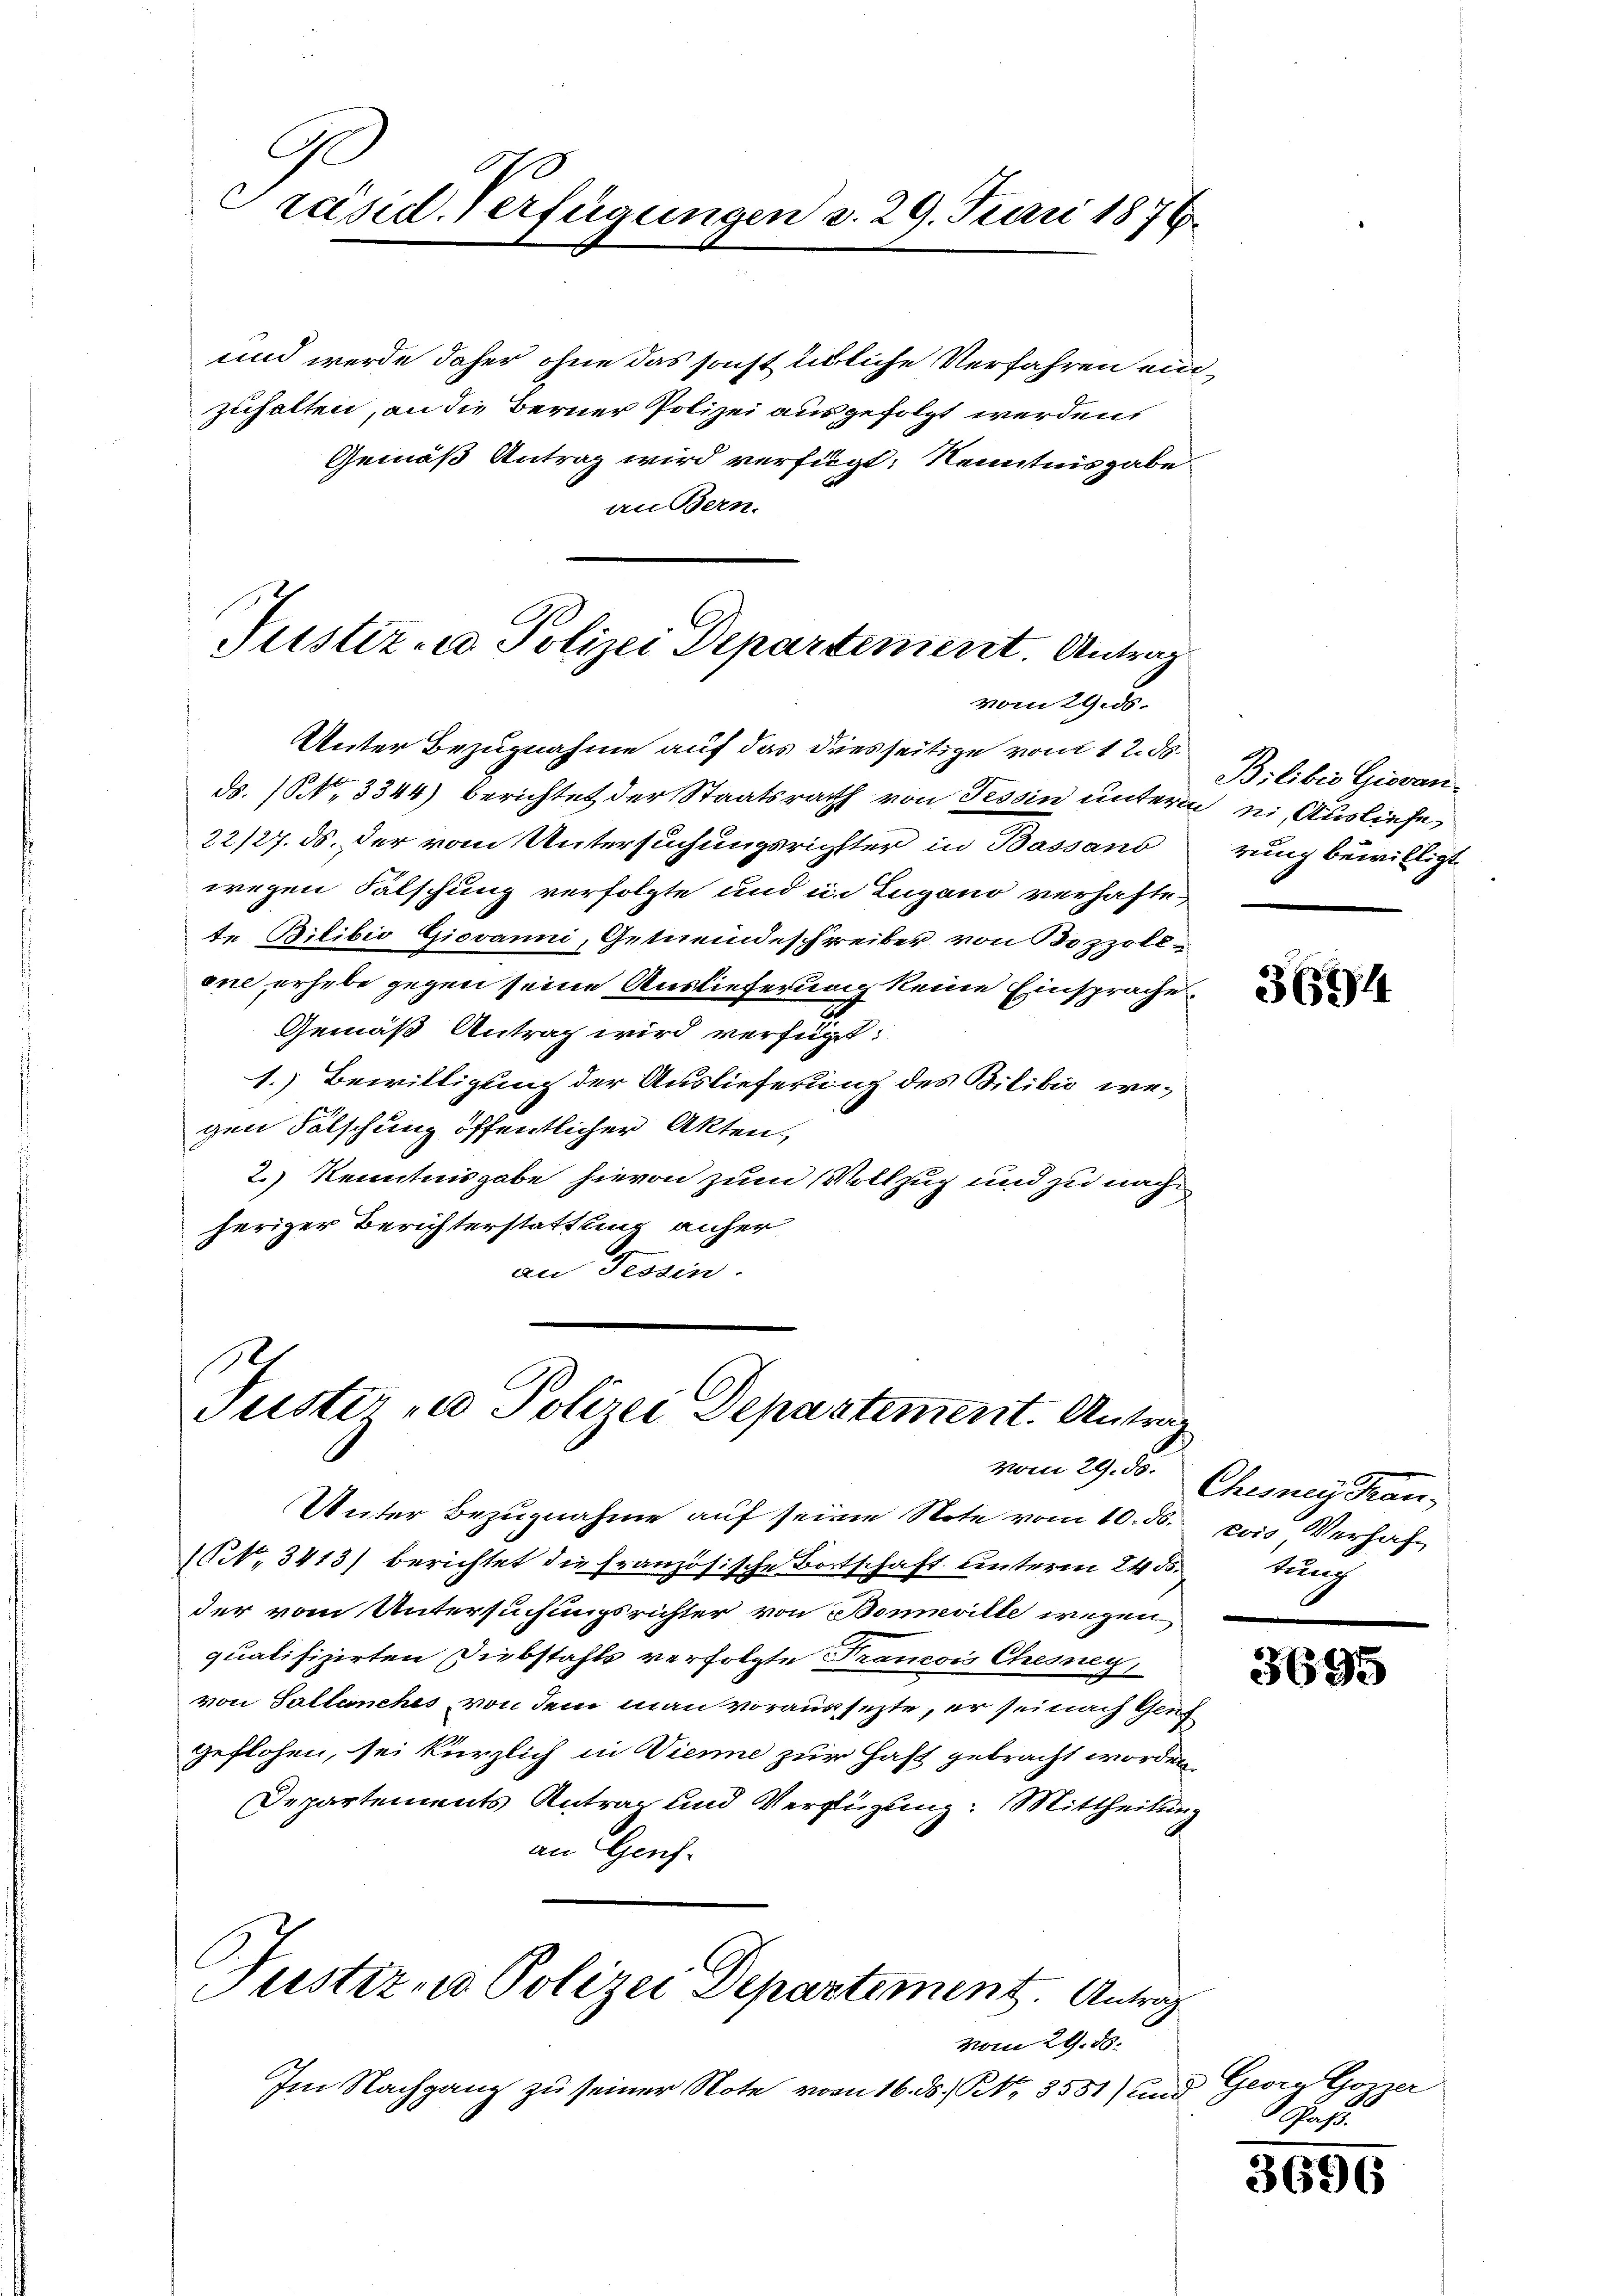
C
Präsid. Verfügungen d. 29. Juni 1876.

und werde daher ohne das sonst übliche Verfahren einzuhalten, an die Berner Polizei ausgefolgt werden,
Gemäß Antrag wird verfügt: Kenntnisgabe
an Bern.
Justiz- u. Polizei Departement. Antrag

vom 29. 55.

Unter Bezugnahme auf das diesseitige vom 12. ds.
ds. 1. 3344) berichtet der Staatsrath von Tessin unterm ei Ausliefe,
22/27. ds. der vom Untersuchungsrichtter in Bassand
wegen Fälschung verfolgte und in Lugano verhafte
te Bilibio Giovanni, Gemeindeschreiber von Bozzoll-
ene erhebe gegen seine Auslieferung keine Einsprache,
Gemäß Antrag wird verfügt:
1. Bewilligung der Auslieferung des Bilibić, wegen Fälschung öffentlicher Akten,
2.) Kenntnisgabe hievon zum Vollzug und zu nachheriger Berichterstattung anher
an Tessin.

1
Puster - Polizei Departement. Antrag
vom 29. ds.

Unter Bezugnahme auf seine Note vom 10. ds. das Verhaf¬
(NNo. 3413) berichtet die französische Botschaft unterm 24. ds.
der vom Untersuchungsrichter von Beneville wegen
qualifizirten Diebstahls verfolgte Francois Chesney,
von Sallanches von dem man voraussetzte, er sei nach Genf
geflohen, sei kürzlich in Vienne zur Hast gebracht worden.
Departements Antrag und Verfügung: Mittheilung
an Geneh¬

Justiz- u Polizei Departement. Antrag

vom 29. ds.
Im Nachgang zu seiner Note vom 16. ds. P. Nr. 3531) und

Bilibio Giovan
rung bewilligt.

3694

Chesney Frau,
tung

3695

Gerrn Gozzer
Pass.

3696